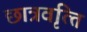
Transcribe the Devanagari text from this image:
छात्रवृत्‍ति